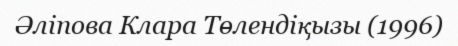
Әліпова Клара Төлендіқызы (1996)